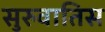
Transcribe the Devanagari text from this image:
सुरुवातिस